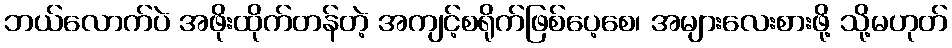
ဘယ်လောက်ပဲ အဖိုးထိုက်တန်တဲ့ အကျင့်စရိုက်ဖြစ်ပေ့စေ၊ အများလေးစားဖို့ သို့မဟုတ်